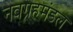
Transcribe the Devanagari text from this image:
नवग्रहमंडल